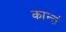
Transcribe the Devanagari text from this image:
कान्तं